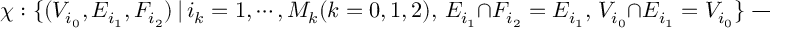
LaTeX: \chi : \{ ( V _ { i _ { 0 } } , E _ { i _ { 1 } } , F _ { i _ { 2 } } ) \, | \, i _ { k } = 1 , \cdots , M _ { k } ( k = 0 , 1 , 2 ) , \, E _ { i _ { 1 } } \cap F _ { i _ { 2 } } = E _ { i _ { 1 } } , \, V _ { i _ { 0 } } \cap E _ { i _ { 1 } } = V _ { i _ { 0 } } \} \longrightarrow X